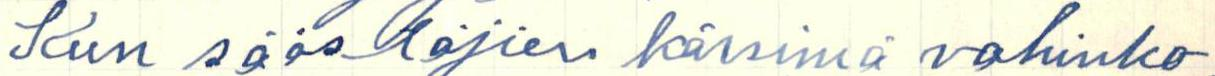
Kun säästäjien kärsimä vahinko